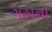
ગહોનો